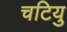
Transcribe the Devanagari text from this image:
चटियु